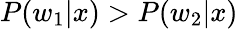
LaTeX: P(w_{1}|x)>P(w_{2}|x)